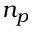
n _ { p }